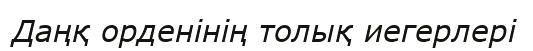
Даңқ орденінің толық иегерлері